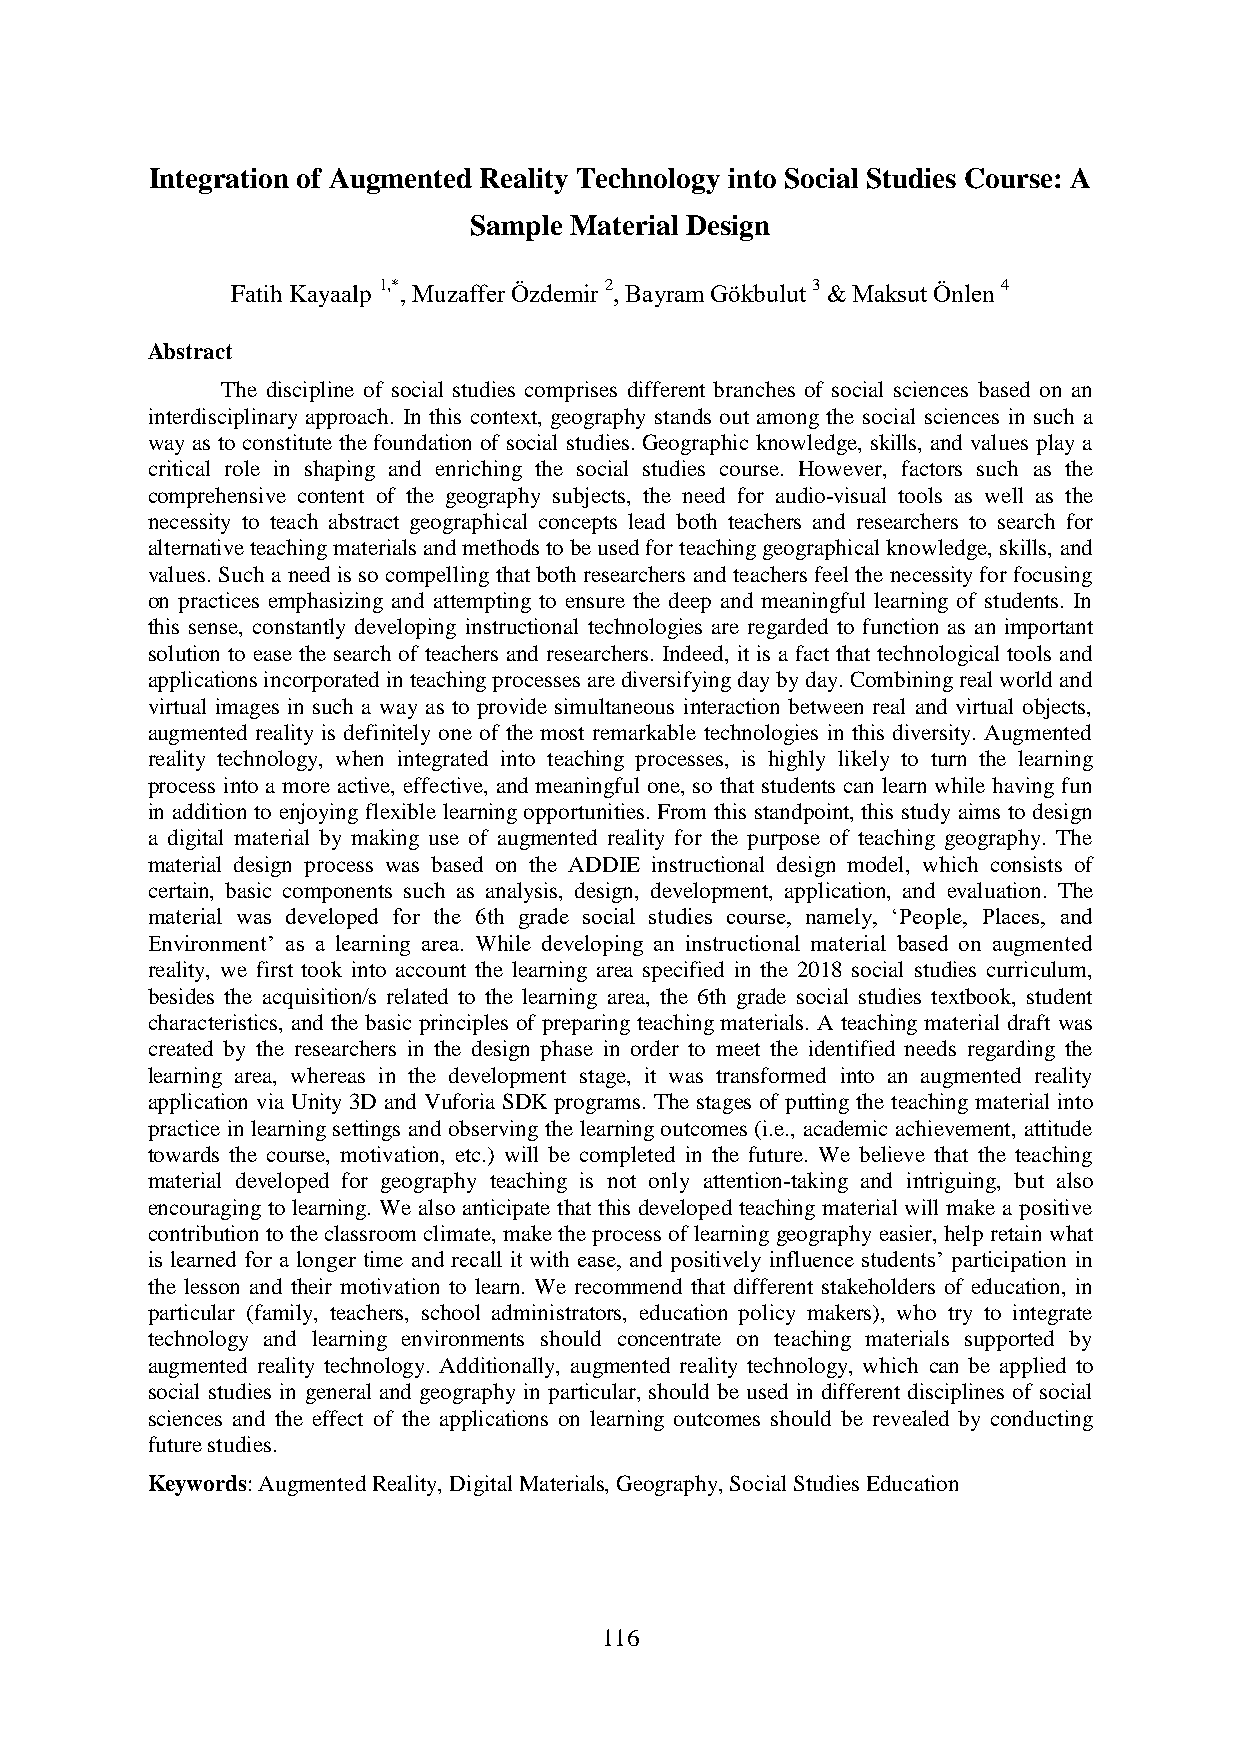
Integration of Augmented Reality Technology into Social Studies Course: A
 Sample Material Design
 Fatih Kayaalp 1,*, Muzaffer Özdemir 2, Bayram Gökbulut 3 & Maksut Önlen 4
 Abstract
 The discipline of social studies comprises different branches of social sciences based on an
 interdisciplinary approach. In this context, geography stands out among the social sciences in such a
 way as to constitute the foundation of social studies. Geographic knowledge, skills, and values play a
 critical role in shaping and enriching the social studies course. However, factors such as the
 comprehensive content of the geography subjects, the need for audio-visual tools as well as the
 necessity to teach abstract geographical concepts lead both teachers and researchers to search for
 alternative teaching materials and methods to be used for teaching geographical knowledge, skills, and
 values. Such a need is so compelling that both researchers and teachers feel the necessity for focusing
 on practices emphasizing and attempting to ensure the deep and meaningful learning of students. In
 this sense, constantly developing instructional technologies are regarded to function as an important
 solution to ease the search of teachers and researchers. Indeed, it is a fact that technological tools and
 applications incorporated in teaching processes are diversifying day by day. Combining real world and
 virtual images in such a way as to provide simultaneous interaction between real and virtual objects,
 augmented reality is definitely one of the most remarkable technologies in this diversity. Augmented
 reality technology, when integrated into teaching processes, is highly likely to turn the learning
 process into a more active, effective, and meaningful one, so that students can learn while having fun
 in addition to enjoying flexible learning opportunities. From this standpoint, this study aims to design
 a digital material by making use of augmented reality for the purpose of teaching geography. The
 material design process was based on the ADDIE instructional design model, which consists of
 certain, basic components such as analysis, design, development, application, and evaluation. The
 material was developed for the 6th grade social studies course, namely, ‘People, Places, and
 Environment’ as a learning area. While developing an instructional material based on augmented
 reality, we first took into account the learning area specified in the 2018 social studies curriculum,
 besides the acquisition/s related to the learning area, the 6th grade social studies textbook, student
 characteristics, and the basic principles of preparing teaching materials. A teaching material draft was
 created by the researchers in the design phase in order to meet the identified needs regarding the
 learning area, whereas in the development stage, it was transformed into an augmented reality
 application via Unity 3D and Vuforia SDK programs. The stages of putting the teaching material into
 practice in learning settings and observing the learning outcomes (i.e., academic achievement, attitude
 towards the course, motivation, etc.) will be completed in the future. We believe that the teaching
 material developed for geography teaching is not only attention-taking and intriguing, but also
 encouraging to learning. We also anticipate that this developed teaching material will make a positive
 contribution to the classroom climate, make the process of learning geography easier, help retain what
 is learned for a longer time and recall it with ease, and positively influence students’ participation in
 the lesson and their motivation to learn. We recommend that different stakeholders of education, in
 particular (family, teachers, school administrators, education policy makers), who try to integrate
 technology and learning environments should concentrate on teaching materials supported by
 augmented reality technology. Additionally, augmented reality technology, which can be applied to
 social studies in general and geography in particular, should be used in different disciplines of social
 sciences and the effect of the applications on learning outcomes should be revealed by conducting
 future studies.
 Keywords: Augmented Reality, Digital Materials, Geography, Social Studies Education
 116